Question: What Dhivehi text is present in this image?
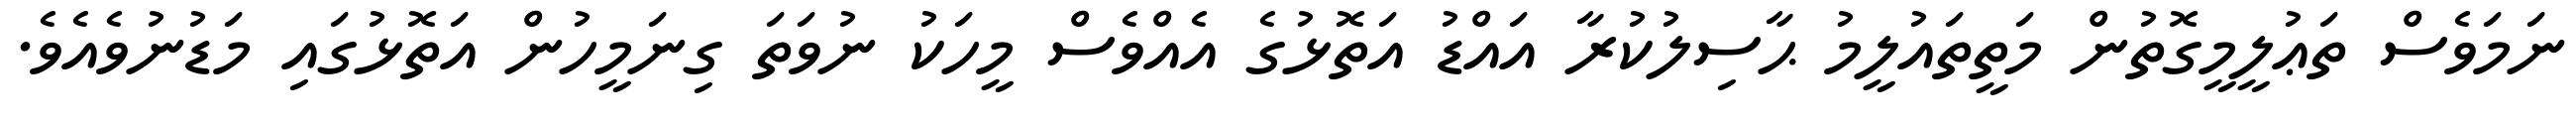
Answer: ނަމަވެސް ތަޢުލީމީގޮތުން މަތީތައުލީމު ޙާސިލުކުރާ އައްޑު އަތޮޅުގެ އެއްވެސް މީހަކު ނުވަތަ ގިނަމީހުން އަތޮޅުގައި މަޑުނުވެއެވެ.